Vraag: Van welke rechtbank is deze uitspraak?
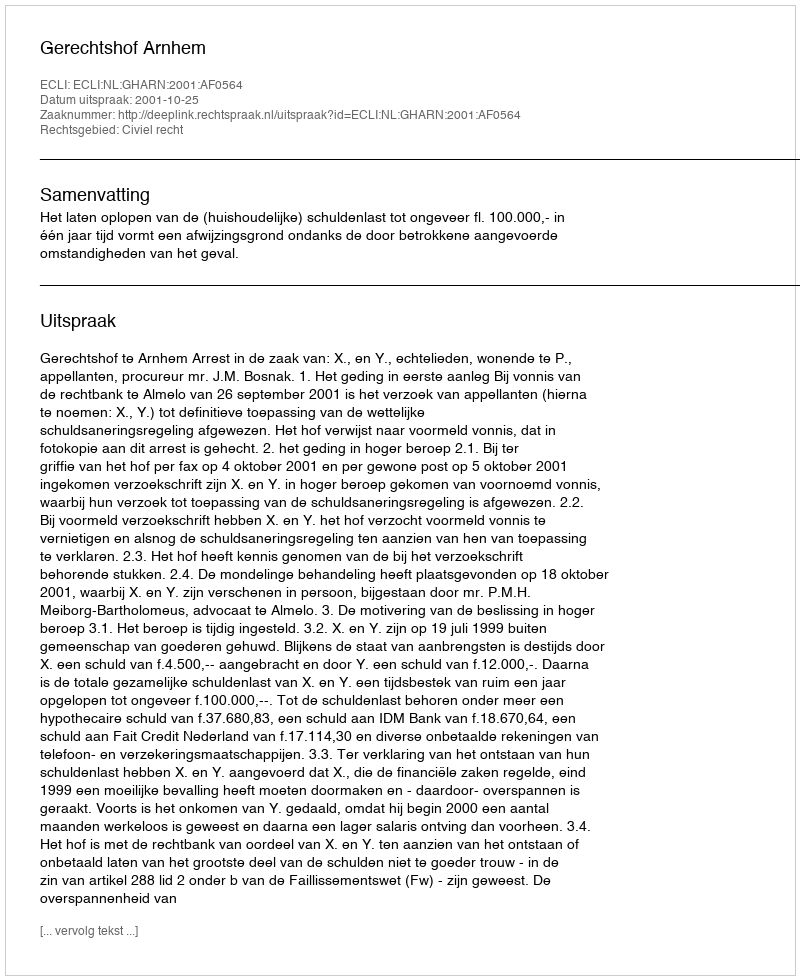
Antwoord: Gerechtshof Arnhem